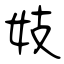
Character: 妓